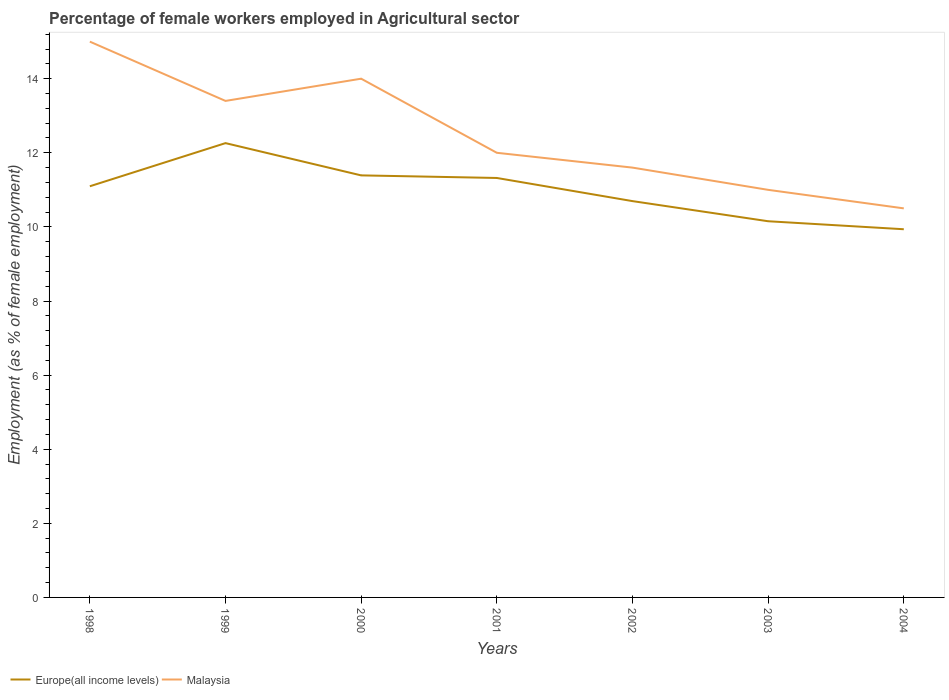
| Years | Europe(all income levels) | Malaysia |
 | --- | --- | --- |
 | 1998 | 11.1 | 15 |
 | 1999 | 12.3 | 13.4 |
 | 2000 | 11.4 | 14 |
 | 2001 | 11.3 | 12 |
 | 2002 | 10.7 | 11.6 |
 | 2003 | 10.2 | 11 |
 | 2004 | 9.94 | 10.5 |